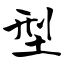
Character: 型